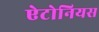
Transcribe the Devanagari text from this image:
ऐटोनियस